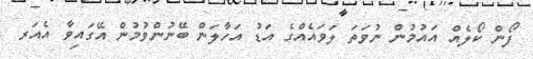
ފޯން ކޯލެއް އައުމުން ނުވަތަ ލަވައެއްގެ އަޑު އަހާލަން ބޭނުންވުމުން އޭގައިވާ އެއަރ